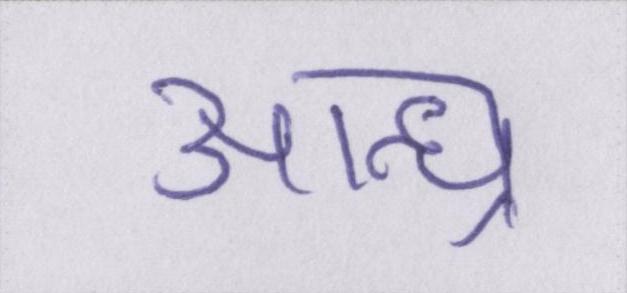
आन्ध्र